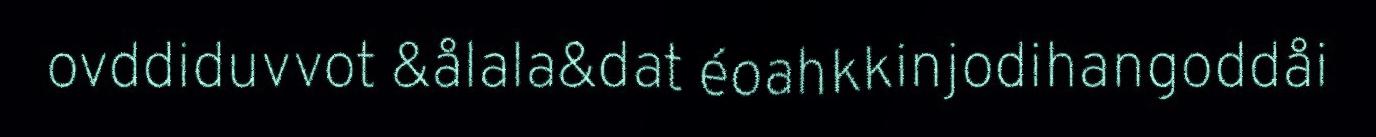
ovddiduvvot &ålala&dat éoahkkinjodihangoddåi